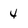
Character: 4